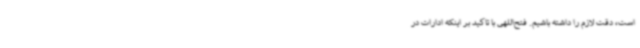
است، دقت لازم را داشته باشیم. فتح‌اللهی با تاکید بر اینکه ادارات در